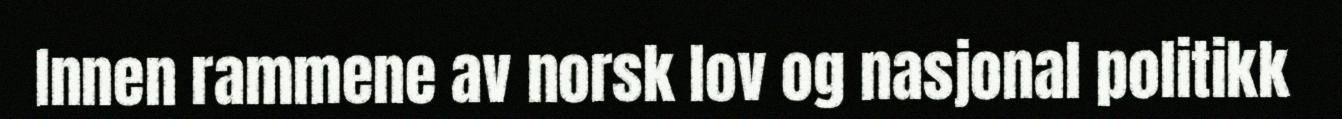
Innen rammene av norsk lov og nasjonal politikk